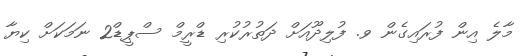
މާލެ އިން ފުރައިގެން ވ. ފުލިދޫއަށް ދަތުރުކުރި ޑްރީމް ސްޕީޑް2 ނަމަކަށް ކިޔާ